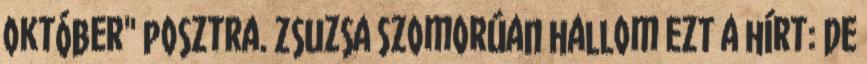
október" posztra. Zsuzsa Szomorúan hallom ezt a hírt: De